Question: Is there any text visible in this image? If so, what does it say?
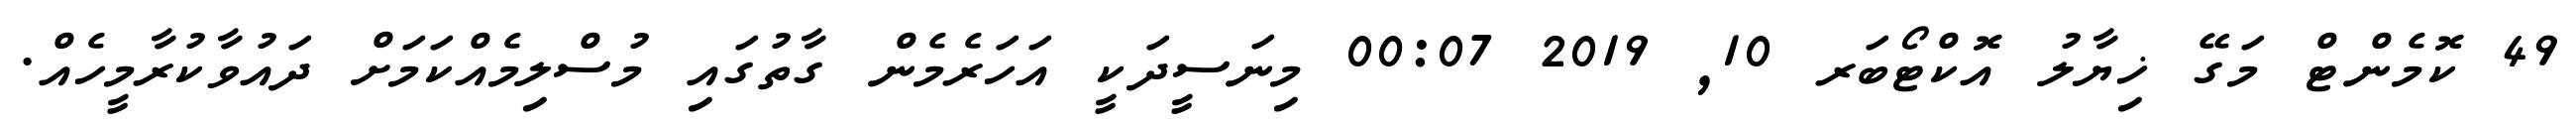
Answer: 49 ކޮމެންޓް މަގޭ ޚިޔާލު އޮކްޓޯބަރ 10, 2019 00:07 މިނަސީދަކީ އަހަރެމެން ގާތުގައި މުސްލިމެއްކަމަށް ދައުވާކުރާމީހެއް.